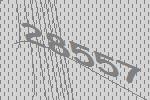
28557